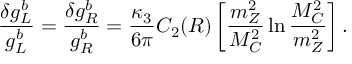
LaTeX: \frac { \delta g _ { L } ^ { b } } { g _ { L } ^ { b } } = \frac { \delta g _ { R } ^ { b } } { g _ { R } ^ { b } } = \frac { \kappa _ { 3 } } { 6 \pi } C _ { 2 } ( R ) \left[ \frac { m _ { Z } ^ { 2 } } { M _ { C } ^ { 2 } } \ln \frac { M _ { C } ^ { 2 } } { m _ { Z } ^ { 2 } } \right] .